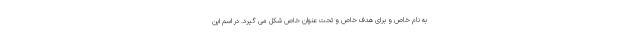
به نام خاص و برای هدف خاص و تحت عنوان خاص شکل می گیرد. در اسم این